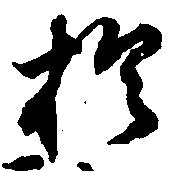
於